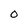
Character: O